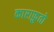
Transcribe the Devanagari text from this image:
काराफ़ुतो